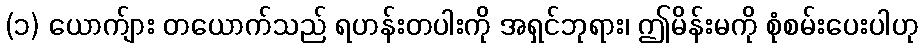
(၁) ယောက်ျား တယောက်သည် ရဟန်းတပါးကို အရှင်ဘုရား၊ ဤမိန်းမကို စုံစမ်းပေးပါဟု